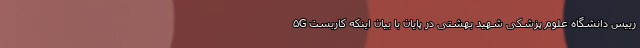
رییس دانشگاه علوم پزشکی شهید بهشتی در پایان با بیان اینکه کاربست ۵G